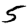
Digit: 5